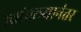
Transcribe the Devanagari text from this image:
स्वांतत्त्र्यानंतर